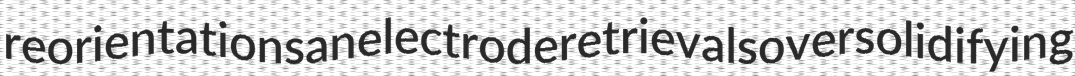
reorientations anelectrode retrievals oversolidifying